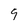
Character: 9